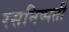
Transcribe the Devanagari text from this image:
रसनिष्पती